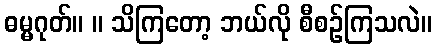
ဓမ္မဂုတ်။ ။ သိကြတော့ ဘယ်လို စီစဉ်ကြသလဲ။